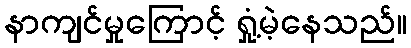
နာကျင်မှုကြောင့် ရှုံ့မဲ့နေသည်။